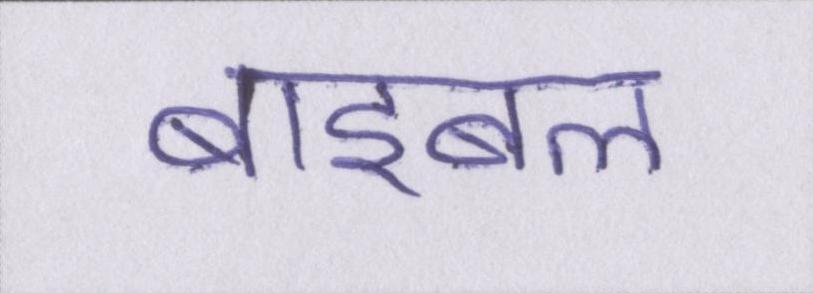
बाइबल